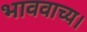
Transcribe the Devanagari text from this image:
भाववाच्य।